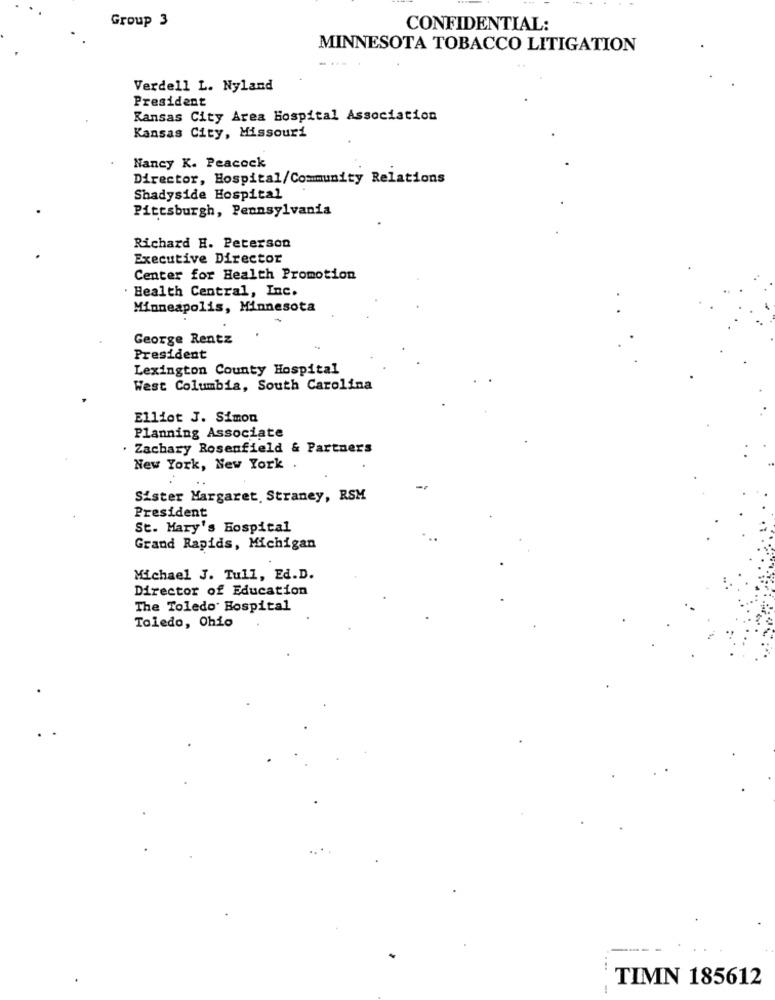
Group 3
CONFIDENTIAL:
MINNESOTA TOBACCO LITIGATION
Verdell L. Nyland
President
Kansas City Area Hospital Association
Kansas City, Missouri
Nancy K. Peacock
Director, Hospital/Community Relations
Shadyside Hospital
Pittsburgh, Pennsylvania
Richard H. Peterson
Executive Director
Center for Health Promotion
. Health Central, Inc.
Minneapolis, Minnesota
George Rentz
President
Lexington County Hospital
West Columbia, South Carolina
Elliot J. Simon
Planning Associate
. Zachary Rosenfield & Partners
New York, New York .
Sister Margaret, Straney, RSM
President
St. Mary's Hospital
Grand Rapids, Michigan
Michael J. Tull, Ed.D.
Director of Education
The Toledo Hospital
Toledo, Ohio
TIMN 185612